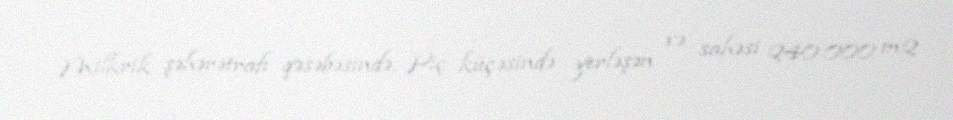
Milkrik şəhərətrafı qəsəbəsində, Piç küçəsində yerləşən və sahəsi 240.000 m2